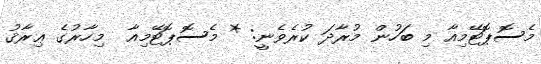
މެސޮޕޮޓޭމިއާ މި ބަހުން މުރާދަ ކުރެވެނީ: * މެސޮޕޮޓޭމިއާ  މިހާރުގެ ޢިރާޤު